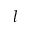
l